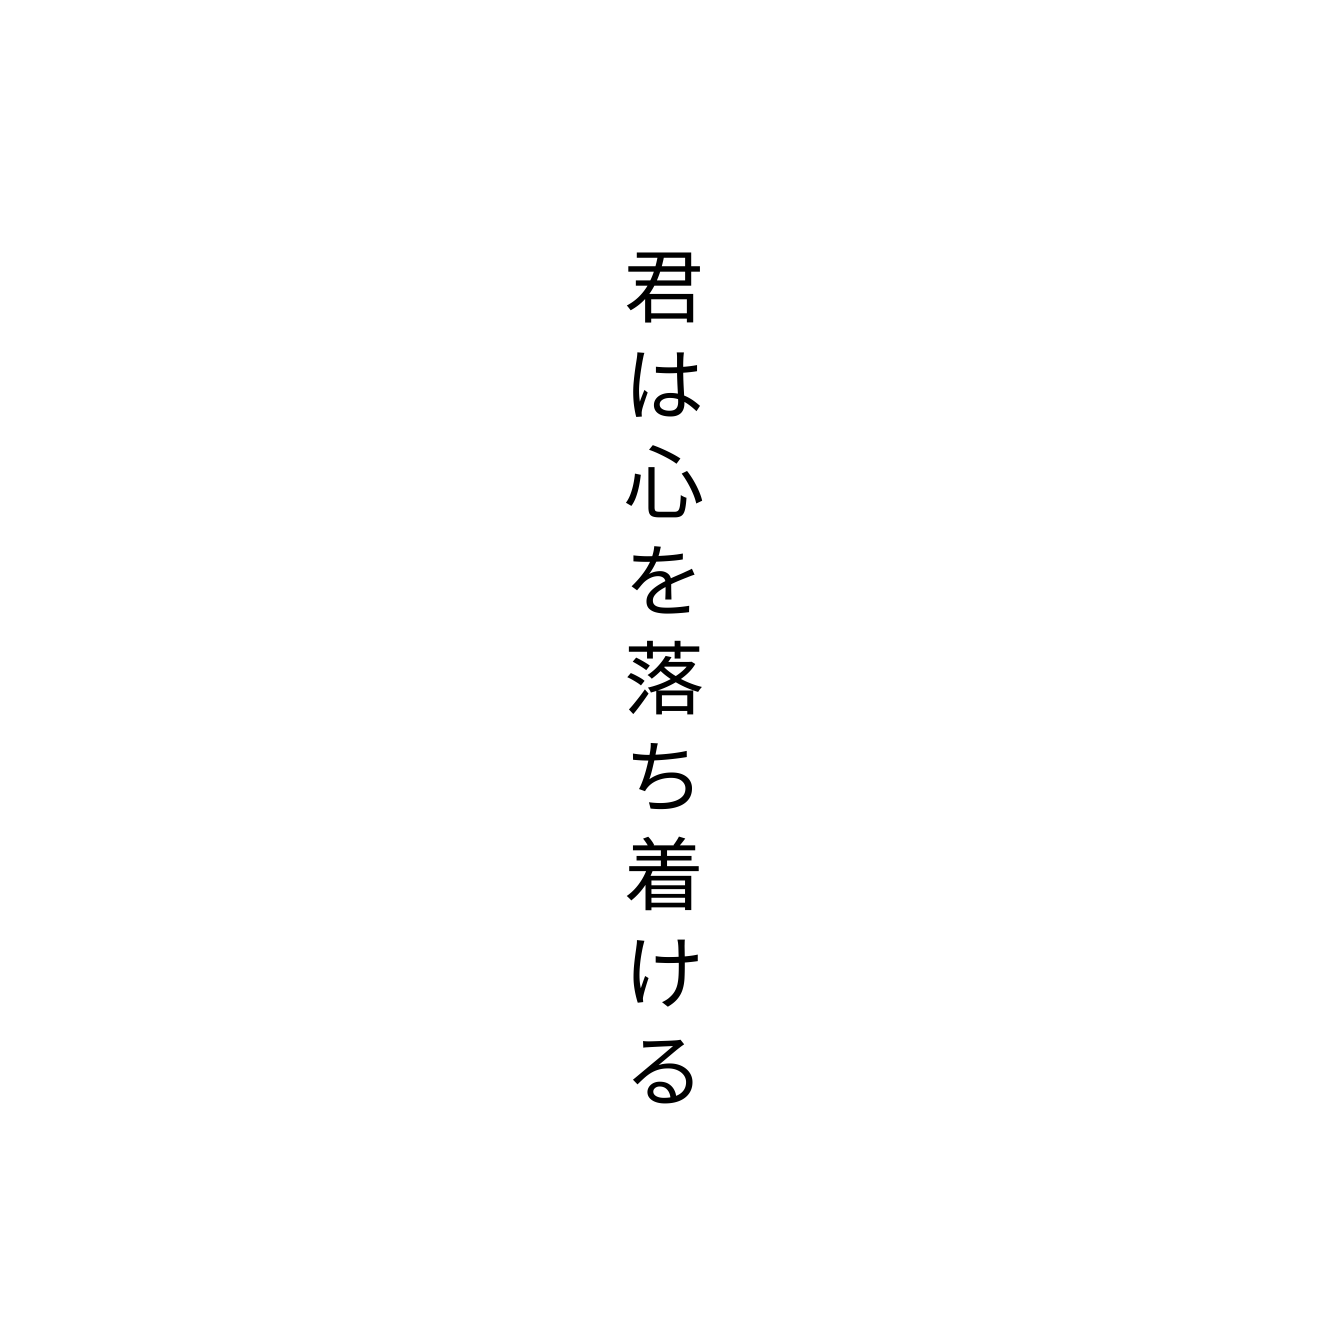
君は心を落ち着ける